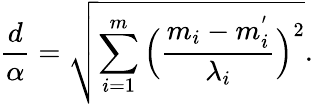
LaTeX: \frac{d}{\alpha}=\sqrt{\sum_{i=1}^{m}\Big(\frac{m_{i}-m_{i}^{'}}{\lambda_{i}}\Big)^{2}}.